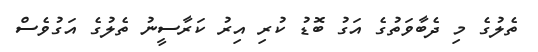
ތެލުގެ މި ދެބާވަތުގެ އަގު ބޮޑު ކުރި އިރު ކަރާސީނު ތެލުގެ އަގުވެސް